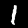
Digit: 1